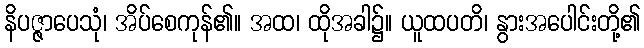
နိပဇ္ဇာပေသုံ၊ အိပ်စေကုန်၏။ အထ၊ ထိုအခါ၌။ ယူထပတိ၊ နွားအပေါင်းတို့၏